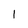
Character: I